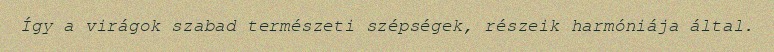
Így a virágok szabad természeti szépségek, részeik harmóniája által.